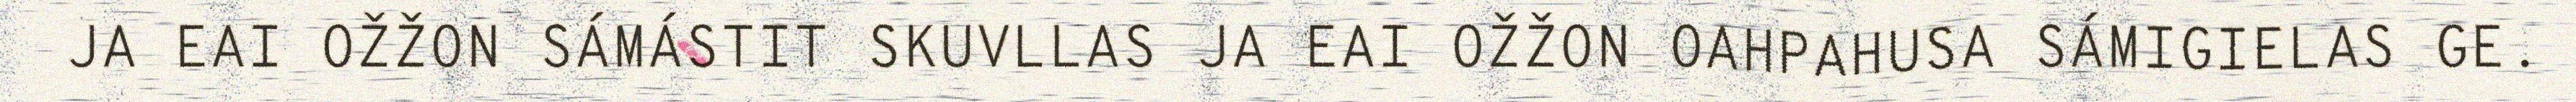
JA EAI OŽŽON SÁMÁSTIT SKUVLLAS JA EAI OŽŽON OAHPAHUSA SÁMIGIELAS GE.